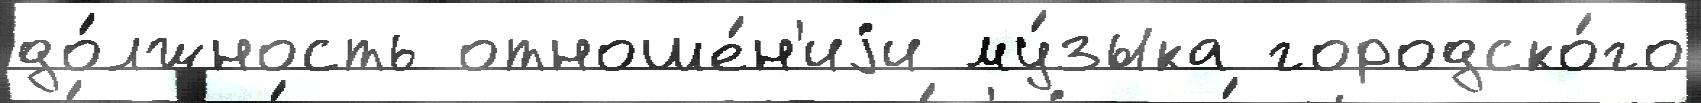
до́лжность отноше́н'иjи му́зыка городско́го